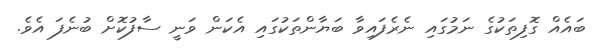
ބައެއް ގޮފިތަކުގެ ނަމުގައި ނެރެފައިވާ ބަޔާންތަކުގައި އެކަން ވަނީ ސާފުކޮށް ބުނެފަ އެވެ.